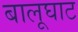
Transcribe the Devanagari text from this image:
बालूघाट